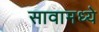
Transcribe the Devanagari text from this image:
सावामध्ये